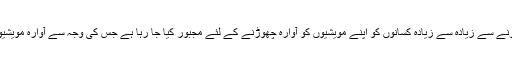
مویشیوں کی آسان خریدوفروخت متاثر ہونے سے زیادہ سے زیادہ کسانوں کو اپنے مویشیوں کو آوارہ چھوڑنے کے لئے مجبور کیا جا رہا ہے جس کی وجہ سے آوارہ مویشیوں کی تعداد میں قابل ذکر اضافہ ہوا ہے۔